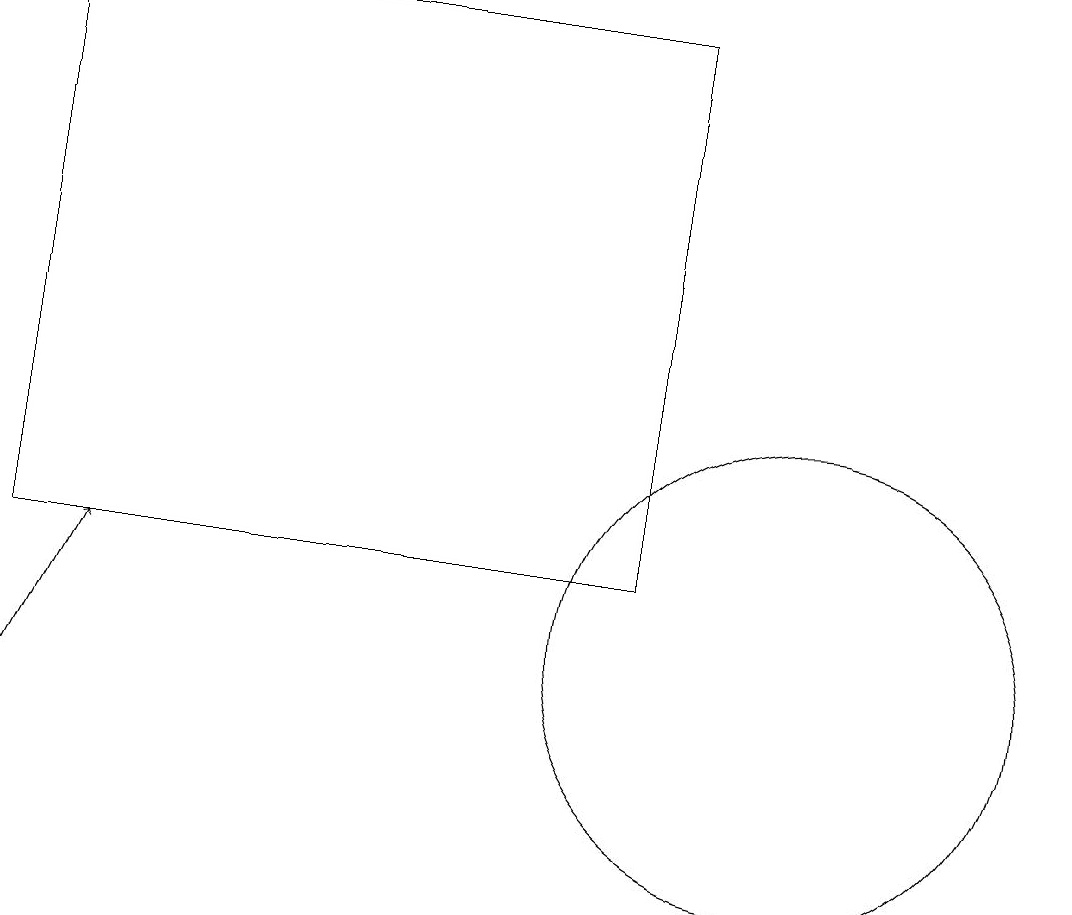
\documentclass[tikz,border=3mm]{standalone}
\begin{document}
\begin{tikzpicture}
\draw[->] (1,10) -- (2,12);
\draw (1,12) rectangle (9,19);
\draw (11,11) circle (3);
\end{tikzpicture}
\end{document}